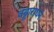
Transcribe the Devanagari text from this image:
वड्डाराधने